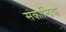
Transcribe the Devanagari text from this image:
संकालिक